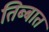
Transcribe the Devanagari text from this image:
तिब्बात